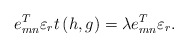
\begin{align*}e_{mn}^T\varepsilon_r t\left(h, g\right)=\lambda e_{mn}^T\varepsilon_r.\end{align*}